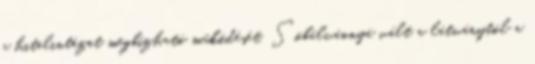
a hitelintézet megbízható működését. Sóbálvánnyá vált a látványtól a